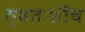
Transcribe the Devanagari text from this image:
स्वतःशीच